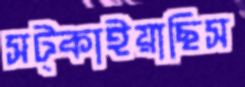
সট্‌কাইয়াছিস